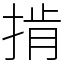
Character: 掯